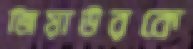
জিয়াউরকে